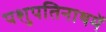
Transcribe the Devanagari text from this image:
पशुपतिनाथमें